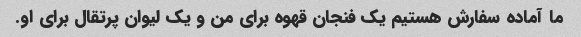
ما آماده سفارش هستیم یک فنجان قهوه برای من و یک لیوان پرتقال برای او.